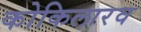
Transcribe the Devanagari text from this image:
कोकिलारव